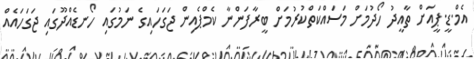
އެމް.ޑީ.ޕީއަށް ތާއީދު ހޯދުމަށް މަސައްކަތްކުރުމަށް ބީރާފަންނާ ކެމްޕެއިން ޖަގަހައިގެ ނަމުގައި ހޯނޑެއްދޫގައި ޖަގަހައެއް